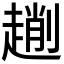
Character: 𠠄